Civil Veterinary Dept. North-West Frontier Province 1933-46 - 1933-1946
Year: 1933
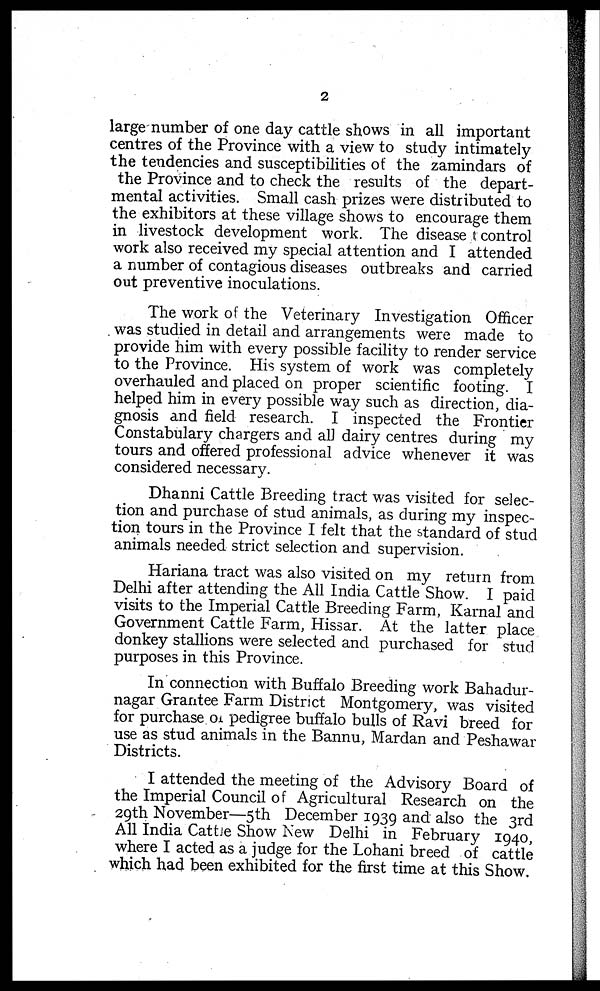
2
large number of one day cattle shows in all important
centres of the Province with a view to study intimately
the tendencies and susceptibilities of the zamindars of
the Province and to check the results of the depart-
mental activities. Small cash prizes were distributed to
the exhibitors at these village shows to encourage them
in livestock development work. The disease control
work also received my special attention and I attended
a number of contagious diseases outbreaks and carried
out preventive inoculations.
The work of the Veterinary Investigation Officer
was studied in detail and arrangements were made to
provide him with every possible facility to render service
to the Province. His system of work was completely
overhauled and placed on proper scientific footing. I
helped him in every possible way such as direction, dia-
gnosis and field research. I inspected the Frontier
Constabulary chargers and all dairy centres during my
tours and offered professional advice whenever it was
considered necessary.
Dhanni Cattle Breeding tract was visited for selec-
tion and purchase of stud animals, as during my inspec-
tion tours in the Province I felt that the standard of stud
animals needed strict selection and supervision.
Hariana tract was also visited on my return from
Delhi after attending the All India Cattle Show. I paid
visits to the Imperial Cattle Breeding Farm, Karnal and
Government Cattle Farm, Hissar. At the latter place
donkey stallions were selected and purchased for stud
purposes in this Province.
In connection with Buffalo Breeding work Bahadur-
nagar Grantee Farm District Montgomery, was visited
for purchase of pedigree buffalo bulls of Ravi breed for
use as stud animals in the Bannu, Mardan and Peshawar
Districts.
I attended the meeting of the Advisory Board of
the Imperial Council of Agricultural Research on the
29th November—5th December 1939 and also the 3rd
All India Cattle Show New Delhi in February 1940,
where I acted as a judge for the Lohani breed of cattle
which had been exhibited for the first time at this Show.